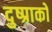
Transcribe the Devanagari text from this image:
दुष्प्राको